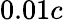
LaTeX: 0.01c